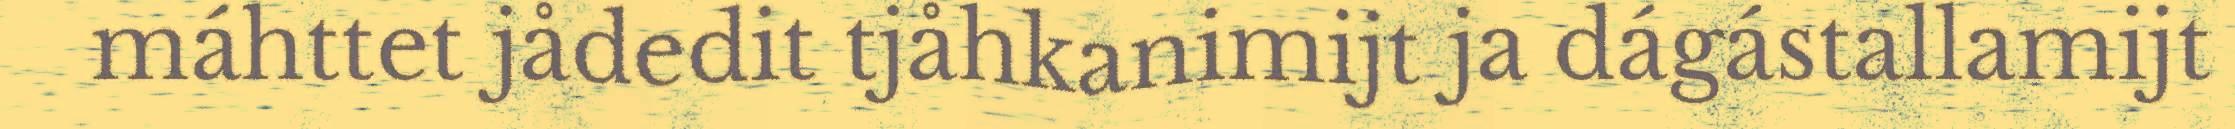
máhttet jådedit tjåhkanimijt ja dágástallamijt